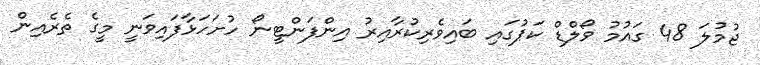
ޖުމުލަ 48 ގައުމު ވޯލްޑް ކަޕުގައި ބައިވެރިކުރާއިރު އިންފަންޓީނޯ ހުށަހަޅާފައިވަނީ މީގެ ތެރެއިން